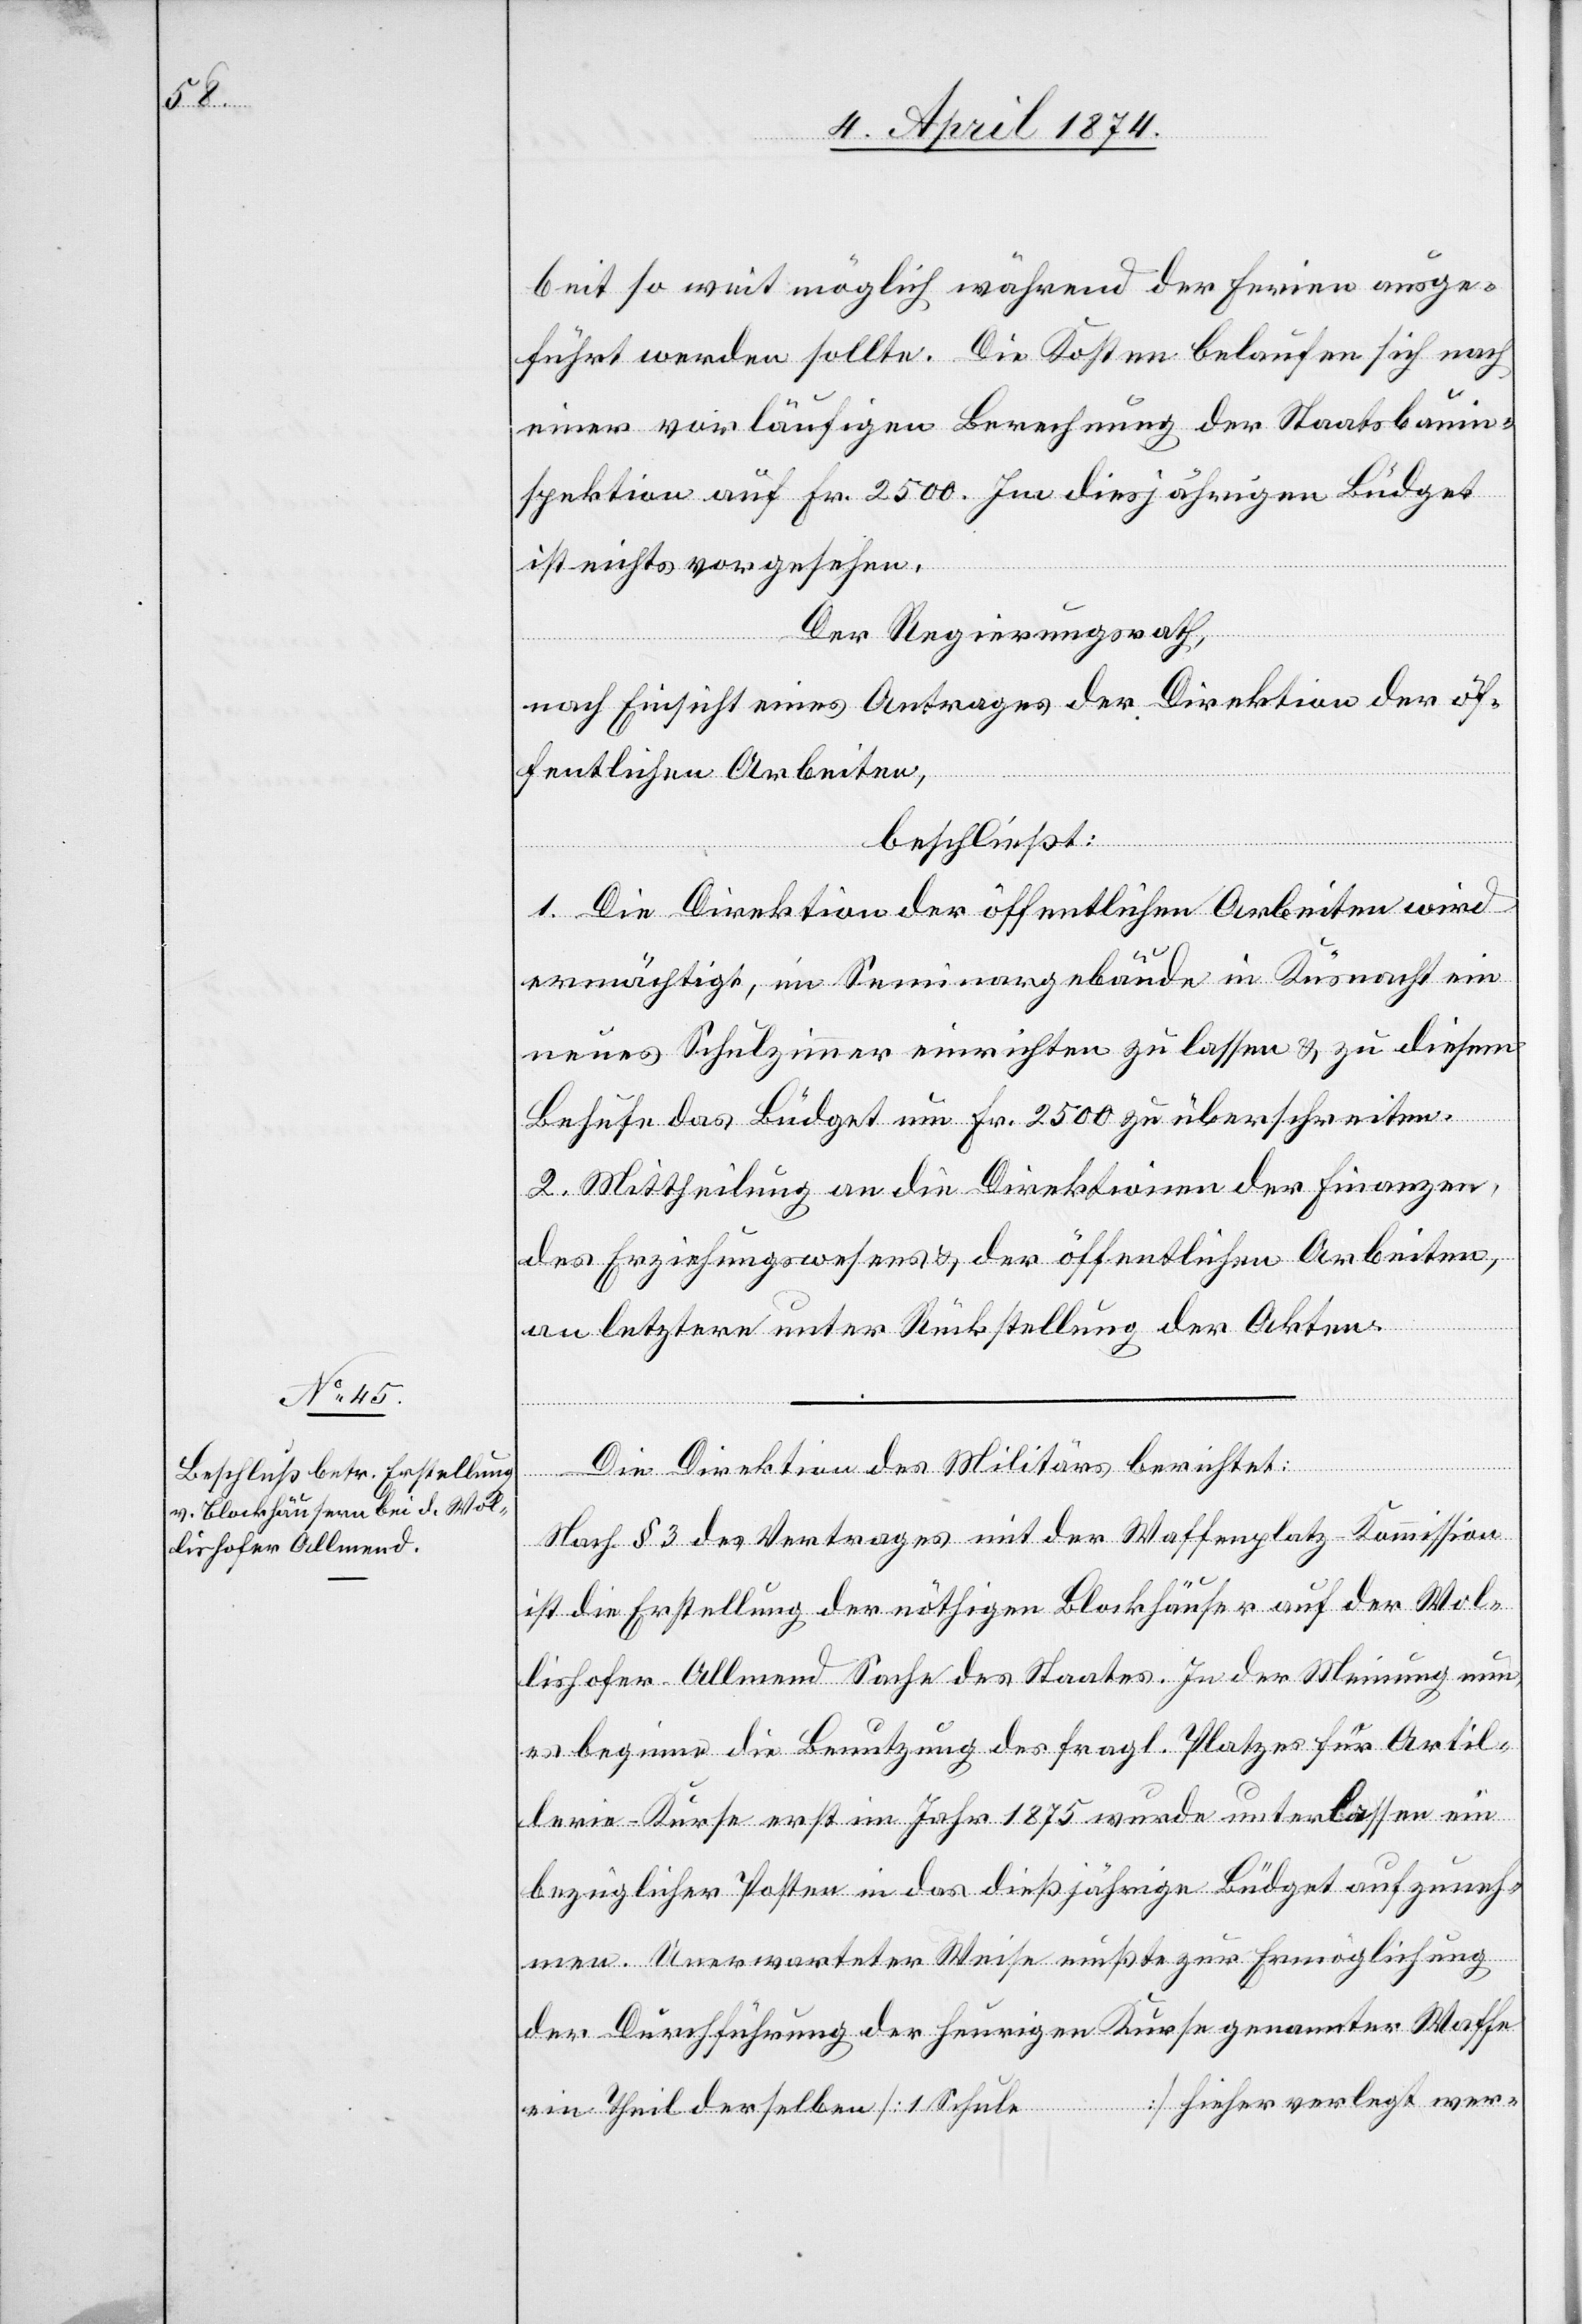
8. April 1874.]
beit so weit möglich während der Ferien ausge¬
führt werden sollte. Die Kosten belaufen sich nach
einer vorläufigen Berechnung der Staatsbauin¬
spektion auf Fr. 2500. Im diesjährigen Büdget
ist nichts vorgesehen.
Der Regierungsrath,
nach Einsicht eines Antrages der Direktion der öf¬
fentlichen Arbeiten,
beschließt:
1. Die Direktion der öffentlichen Arbeiten wird
ermächtigt, im Seminargebäude in Küsnacht ein
neues Schulzimmer einrichten zu lassen u. zu diesem
Behufe das Büdget um Fr. 2500 zu überschreiten.
2. Mittheilung an die Direktionen der Finanzen,
des Erziehungswesens u. der öffentlichen Arbeiten,
an letztere unter Rückstellung der Akten.
Die Direktion des Militärs berichtet:
Nach § 3 des Vertrages mit der Waffenplatz-Kommission
ist die Erstellung der nöthigen Blockhäuser auf der Wol¬
lishofer-Allmend Sache des Staates. In der Meinung nun,
es beginne die Benutzung des fragl. Platzes für Artil¬
lerie-Kurse erst im Jahr 1875 wurde unterlassen ein
bezüglicher Posten in das dießjährige Büdget aufzuneh¬
men. Unerwarteter Weise mußte zur Ermöglichung
der Durchführung der heurigen Kurse genannter Waffen
…] hieher verlegt wer-
ein Theil derselben [1. Schule